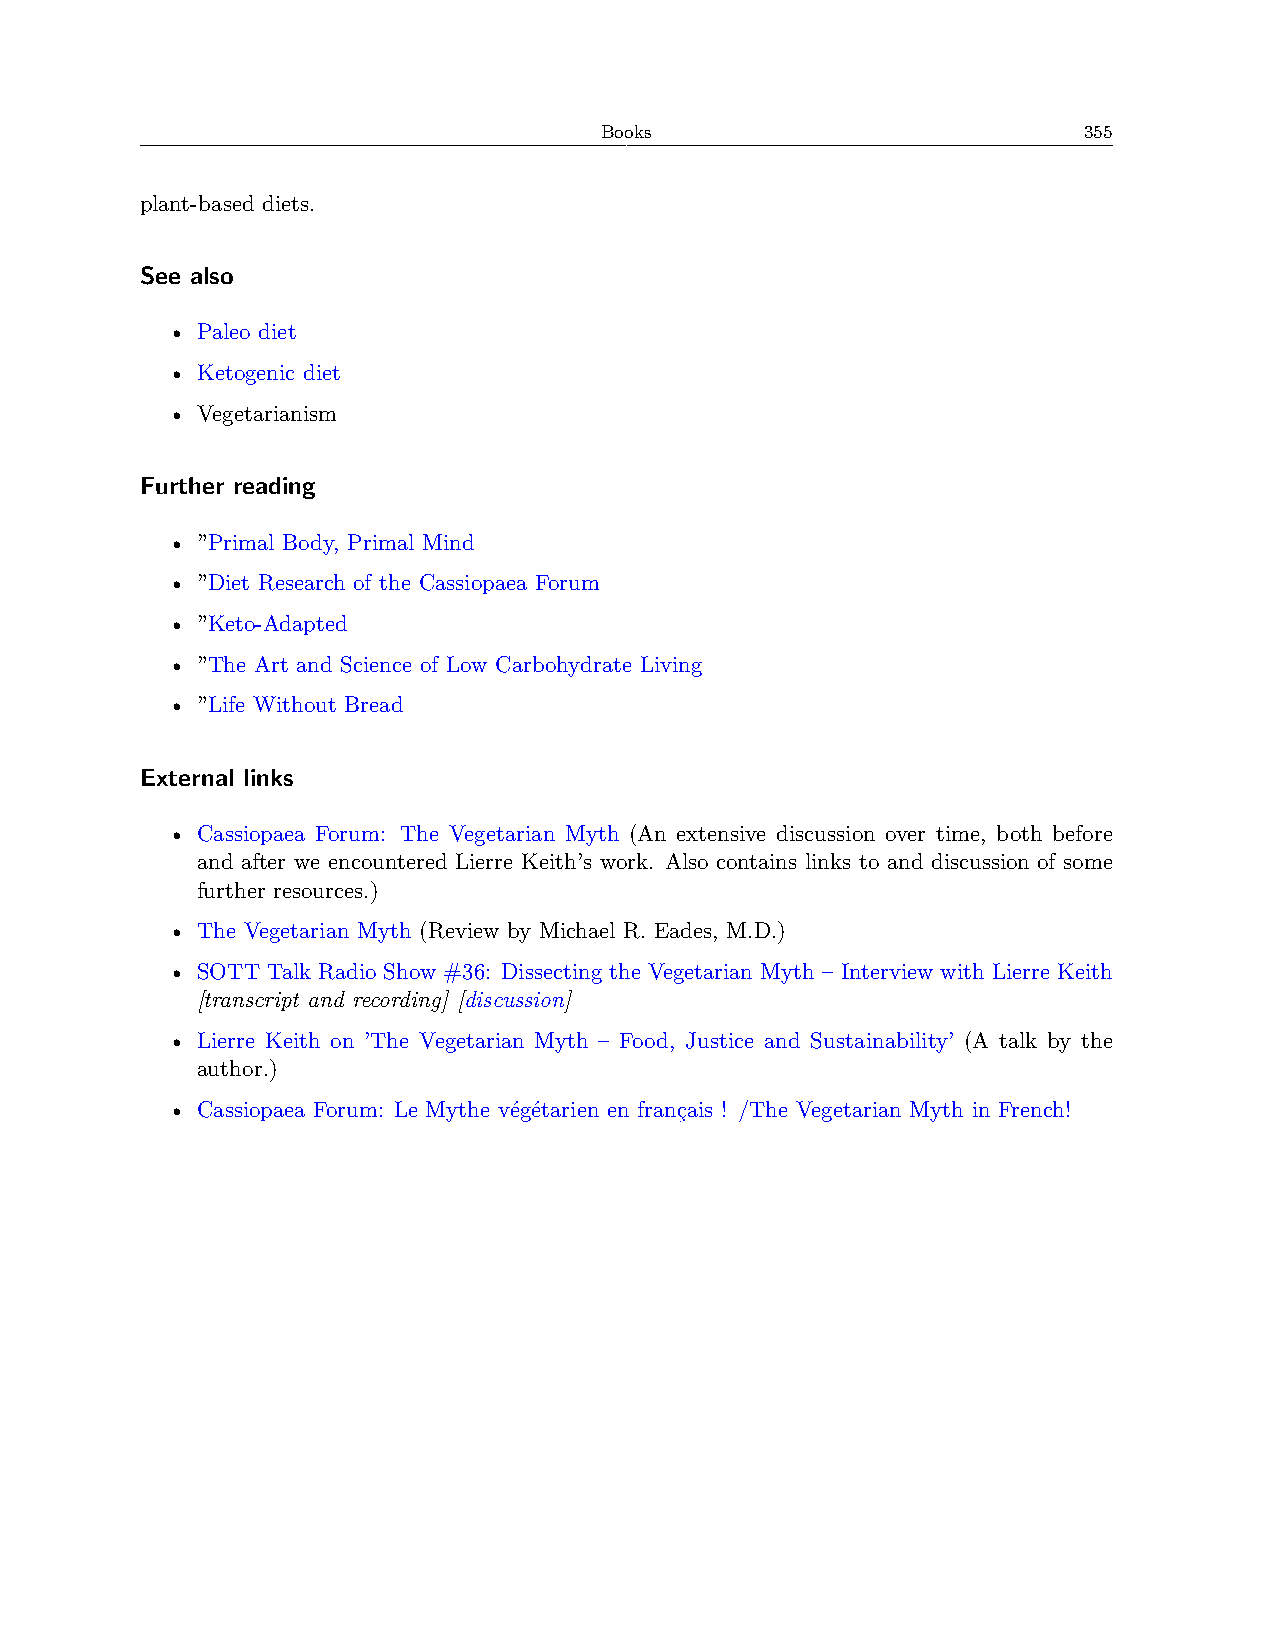
Books                           355
 plant-based diets.
 See also
 • Paleo diet
 • Ketogenic diet
 • Vegetarianism
 Further reading
 • ”Primal Body, Primal Mind
 • ”Diet Research of the Cassiopaea Forum
 • ”Keto-Adapted
 • ”The Art and Science of Low Carbohydrate Living
 • ”Life Without Bread
 External links
 • Cassiopaea Forum: The Vegetarian Myth (An extensive discussion over time, both before
 and after we encountered Lierre Keith’s work. Also contains links to and discussion of some
 further resources.)
 • The Vegetarian Myth (Review by Michael R. Eades, M.D.)
 • SOTT Talk Radio Show #36: Dissecting the Vegetarian Myth – Interview with Lierre Keith
 [transcript and recording] [discussion]
 • Lierre Keith on ’The Vegetarian Myth – Food, Justice and Sustainability’ (A talk by the
 author.)
 • Cassiopaea Forum: Le Mythe végétarien en français ! /The Vegetarian Myth in French!